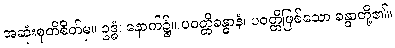
အဆုံးစုတိစိတ်မှ။ ဥဒ္ဓံ၊ နောက်၌။ ပဝတ္တိခန္ဓာနံ၊ ပဝတ္တိဖြစ်သော ခန္ဓာတို့၏။